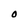
Character: O